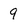
Character: 9